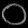
Digit: ၀